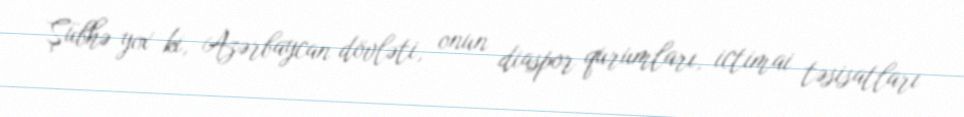
Şübhə yox ki, Azərbaycan dövləti, onun diaspor qurumları, ictimai təsisatları